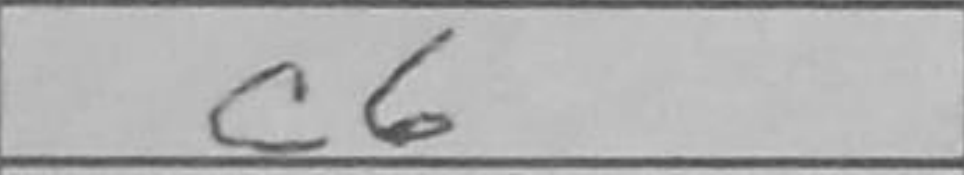
Transcription: c6